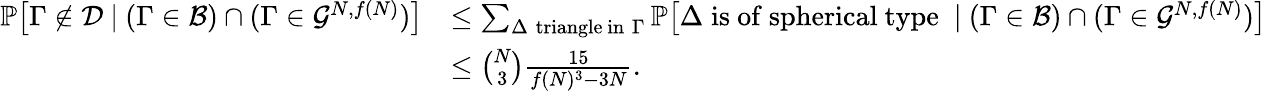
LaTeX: \begin{array}{rl}{\mathbb P\big[\Gamma\not\in\mathcal D\ |\ (\Gamma\in\mathcal B)\cap(\Gamma\in\mathcal G^{N,f(N)})\big]}&{\leq\sum_{\Delta\; \mathrm{triangle~in}\; \Gamma}\mathbb P\big[\Delta\; \mathrm{is~of~spherical~type}\; \ |\ (\Gamma\in\mathcal B)\cap(\Gamma\in\mathcal G^{N,f(N)})\big]}\\ &{\leq{\binom{N}{3}}\frac{15}{f(N)^{3}-3N}.}\end{array}